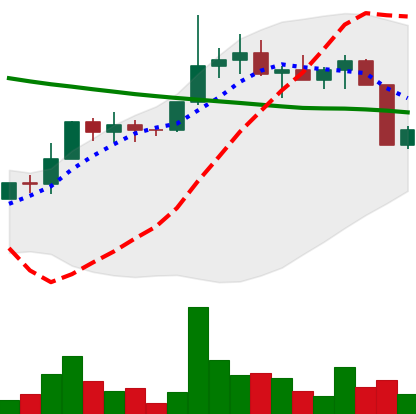
Ticker: EOS-USD
Chart end date: 2022-04-07
Forward return: -10.738%
Label: down_7plus